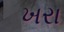
ખરા